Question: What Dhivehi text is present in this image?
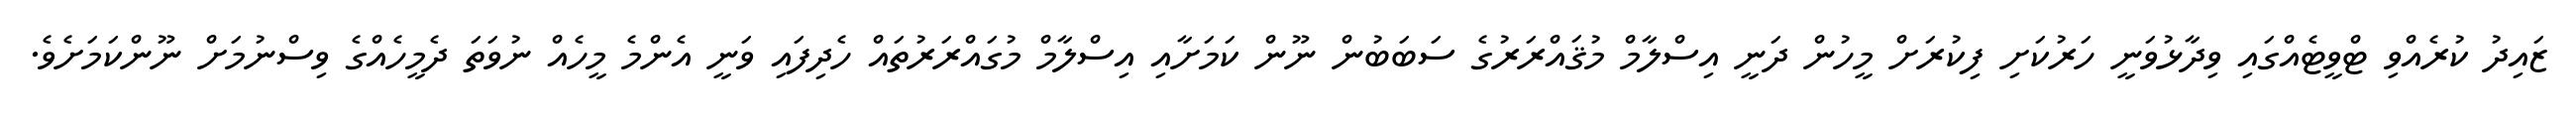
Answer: ޒައިދު ކުރެއްވި ޓްވީޓެއްގައި ވިދާޅުވަނީ ހަރުކަށި ފިކުރަށް މީހުން ދަނީ އިސްލާމް މުޤައްރަރުގެ ސަބަބުން ނޫން ކަމަށާއި އިސްލާމް މުގައްރަރުތައް ހެދިފައި ވަނީ އެންމެ މީހެއް ނުވަތަ ދެމީހެއްގެ ވިސްނުމަށް ނޫންކަމަށެވެ.